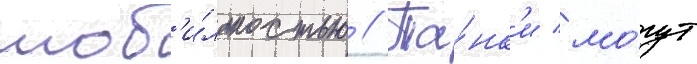
моб'и́льностью // Та́нк'и мо́гут